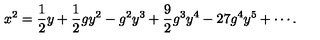
x ^ { 2 } = \frac { 1 } { 2 } y + \frac { 1 } { 2 } g y ^ { 2 } - g ^ { 2 } y ^ { 3 } + \frac { 9 } { 2 } g ^ { 3 } y ^ { 4 } - 2 7 g ^ { 4 } y ^ { 5 } + \cdots .